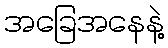
အခြေအနေနဲ့